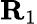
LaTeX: \textbf{R}_{1}